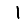
Digit: 1